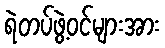
ရဲတပ်ဖွဲ့ဝင်များအား